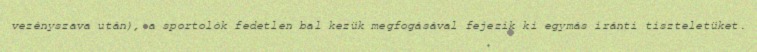
vezényszava után), a sportolók fedetlen bal kezük megfogásával fejezik ki egymás iránti tiszteletüket.